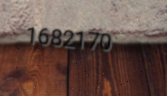
1682170